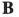
B